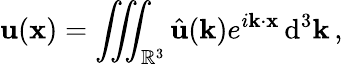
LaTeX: \mathbf{u}(\mathbf{x})=\iiint_{\mathbb{R}^{3}}{\hat{\mathbf{u}}}(\mathbf{k})e^{i\mathbf{k\cdot x}}\, \mathrm{d}^{3}\mathbf{k}\, ,